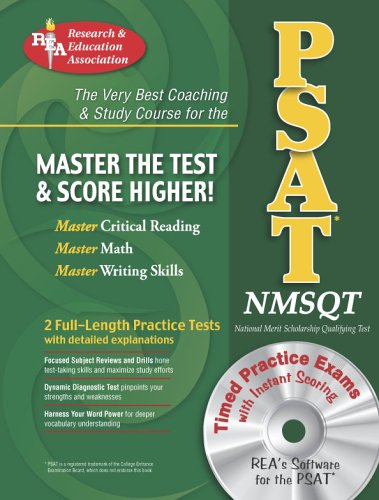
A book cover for PSAT/NMSQT w/ CD-ROM (REA) The Best Coaching and Study Course for the PSAT (SAT PSAT ACT (College Admission) Prep); Robert Bell; Test Preparation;